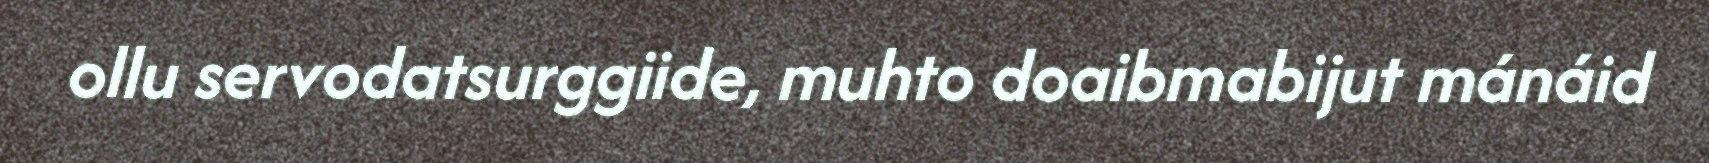
ollu servodatsurggiide, muhto doaibmabijut mánáid